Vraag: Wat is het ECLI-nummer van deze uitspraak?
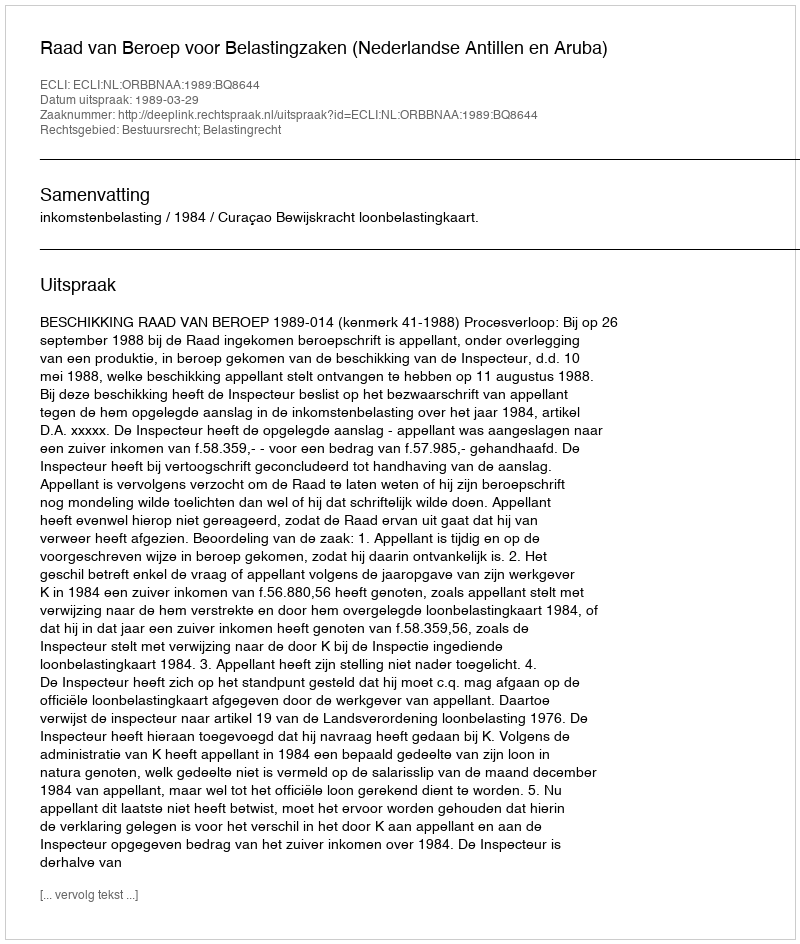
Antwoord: ECLI:NL:ORBBNAA:1989:BQ8644